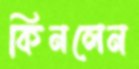
কিনলেন